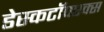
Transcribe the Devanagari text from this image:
डेस्कटॉपएक्स